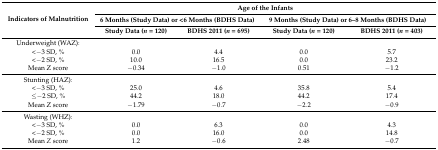
<table><thead><tr><td rowspan="3"><b>Indicators of Malnutrition</b></td><td colspan="4"><b>Age of the Infants</b></td></tr><tr><td colspan="2"><b>6 Months (Study Data) or &lt;6 Months (BDHS Data)</b></td><td colspan="2"><b>9 Months (Study Data) or 6–8 Months (BDHS Data)</b></td></tr><tr><td><b>Study Data (<i>n</i> = 120)</b></td><td><b>BDHS 2011 (<i>n</i> = 695)</b></td><td><b>Study Data (<i>n</i> = 120)</b></td><td><b>BDHS 2011 (<i>n</i> = 403)</b></td></tr></thead><tbody><tr><td>Underweight (WAZ):</td><td colspan="4"></td></tr><tr><td>&lt;−3 SD, %</td><td>0.0</td><td>4.4</td><td>0.0</td><td>5.7</td></tr><tr><td>&lt;−2 SD, %</td><td>10.0</td><td>16.5</td><td>0.0</td><td>23.2</td></tr><tr><td>Mean Z score</td><td>−0.34</td><td>−1.0</td><td>0.51</td><td>−1.2</td></tr><tr><td>Stunting (HAZ):</td><td colspan="4"></td></tr><tr><td>&lt;−3 SD, %</td><td>25.0</td><td>4.6</td><td>35.8</td><td>5.4</td></tr><tr><td>≤−2 SD, %</td><td>44.2</td><td>18.0</td><td>44.2</td><td>17.4</td></tr><tr><td>Mean Z score</td><td>−1.79</td><td>−0.7</td><td>−2.2</td><td>−0.9</td></tr><tr><td>Wasting (WHZ):</td><td></td><td></td><td></td><td></td></tr><tr><td>&lt;−3 SD, %</td><td>0.0</td><td>6.3</td><td>0.0</td><td>4.3</td></tr><tr><td>&lt;−2 SD, %</td><td>0.0</td><td>16.0</td><td>0.0</td><td>14.8</td></tr><tr><td>Mean <i>Z</i> score</td><td>1.2</td><td>−0.6</td><td>2.48</td><td>−0.7</td></tr></tbody></table>